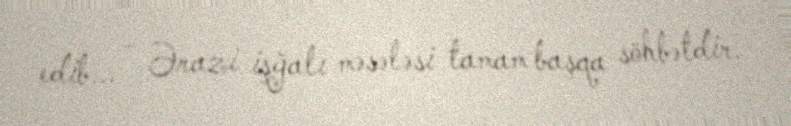
edib... - Ərazi işğalı məsələsi tamam başqa söhbətdir.